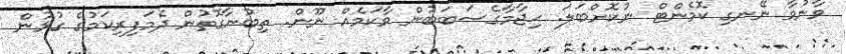
ވާނުވާ ނޭނގި ކޮމެންޓް ނުކޮށްބަލަ. ޙިޖާމާގެސަބަބުން ވާކަމެއް ނޫން. ތިބުނާގޮތުން ދެމަފިރިކަމުގެ ގުޅުން